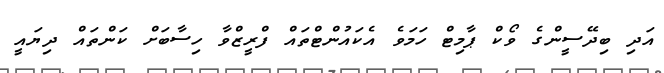
އަދި ބިދޭސީންގެ ވޯކް ޕާމިޓް ހަމަވެ އެކައުންޓްތައް ފްރީޒްވާ ހިސާބަށް ކަންތައް ދިޔައީ